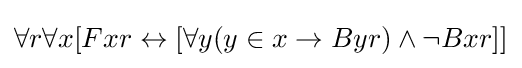
\forall r\forall x[Fxr\leftrightarrow [\forall y(y\in x\rightarrow Byr)\land \lnot Bxr]]